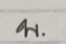
บ.